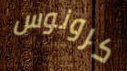
كرونوس